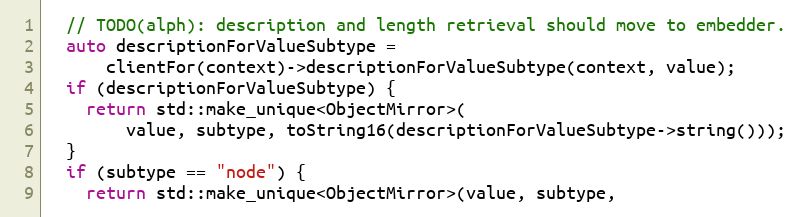
Language: C++
  // TODO(alph): description and length retrieval should move to embedder.
  auto descriptionForValueSubtype =
      clientFor(context)->descriptionForValueSubtype(context, value);
  if (descriptionForValueSubtype) {
    return std::make_unique<ObjectMirror>(
        value, subtype, toString16(descriptionForValueSubtype->string()));
  }
  if (subtype == "node") {
    return std::make_unique<ObjectMirror>(value, subtype,